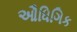
ઔધિગિક